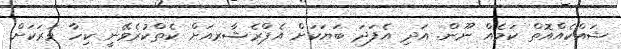
ޝައްކެއްއޮތް ކަމެއް ނޫން. އަދި އެފަދަ ބަޔަކަށް އެޕްރެޝާރއަށް ކެތްކުރެވޭނީ ކިހާ ވަރަކަށް